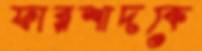
ফারশাদকে